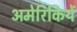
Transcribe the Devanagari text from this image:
अमेरिकियें